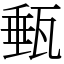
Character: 甀